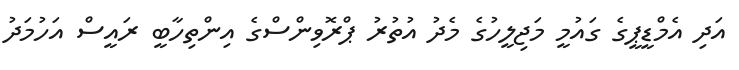
އަދި އެމްޑީޕީގެ ގައުމީ މަޖިލީހުގެ މެދު އުތުރު ޕްރޮވިންސްގެ އިންތިހާބީ ރައީސް އަހުމަދު